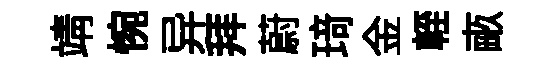
靖惋异拜蔚𤦺金輊畞